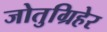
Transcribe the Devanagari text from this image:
जोतुग्रिहेर